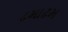
ઢમાઢમ